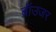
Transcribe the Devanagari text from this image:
ब्रॉउजर